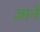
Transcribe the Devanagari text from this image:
ज्ञाने